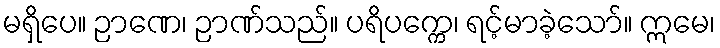
မရှိပေ။ ဉာဏေ၊ ဉာဏ်သည်။ ပရိပက္ကေ၊ ရင့်မာခဲ့သော်။ ဣမေ၊